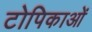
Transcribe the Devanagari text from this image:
टोपिकाओं